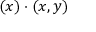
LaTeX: ( x ) \cdot ( x , y )